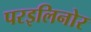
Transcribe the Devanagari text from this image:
परइलिनोर